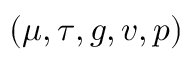
( \mu , \tau , g , v , p )